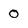
Character: 0